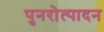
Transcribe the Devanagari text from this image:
पुनरोत्पादन